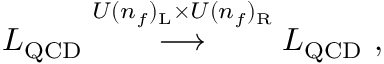
{ \cal { L } } _ { \mathrm { Q C D } } \stackrel { U ( n _ { f } ) _ { \mathrm { L } } \times U ( n _ { f } ) _ { \mathrm { R } } } { \longrightarrow } { \cal { L } } _ { \mathrm { Q C D } } ~ ,